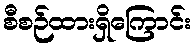
စီစဉ်ထားရှိကြောင်း